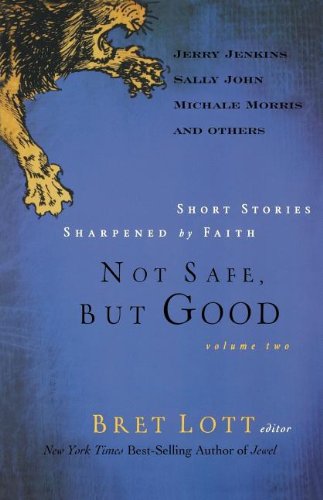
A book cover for Not Safe, but Good (vol 2): Short Stories Sharpened by Faith; Christian Books & Bibles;